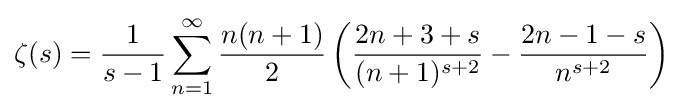
\zeta (s)={\frac {1}{s-1}}\sum _{n=1}^{\infty }{\frac {n(n+1)}{2}}\left({\frac {2n+3+s}{(n+1)^{s+2}}}-{\frac {2n-1-s}{n^{s+2}}}\right)